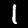
Label: 1